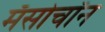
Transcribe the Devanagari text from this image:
मॅसोचॉन